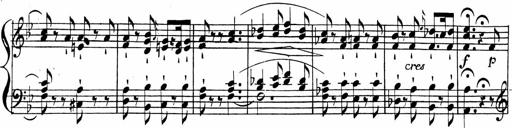
Title: 2 Piano Sonatinas
Composer: Ferdinand Ries